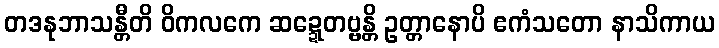
တဒနုဘာသန္တီတိ ဝိကလကေ ဆဍ္ဍေတဗ္ဗန္တိ ဥတ္တာနောပိ ဧကံသတော နာသိကာယ